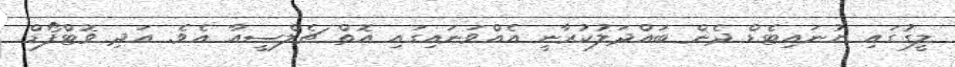
ލީގުގައި ޔުނައިޓެޑް ދެން ބައްދަލުކުރާނީ އެއްވަނައިގައި އޮތް ޗެލްސީއާ އެވެ. އަދި ވޮޓްފޯޑް